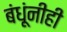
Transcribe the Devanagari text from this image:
बंधूंनीही